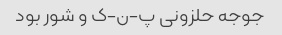
جوجه حلزونی پ-ن-ک و شور بود